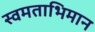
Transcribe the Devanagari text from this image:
स्वमताभिमान